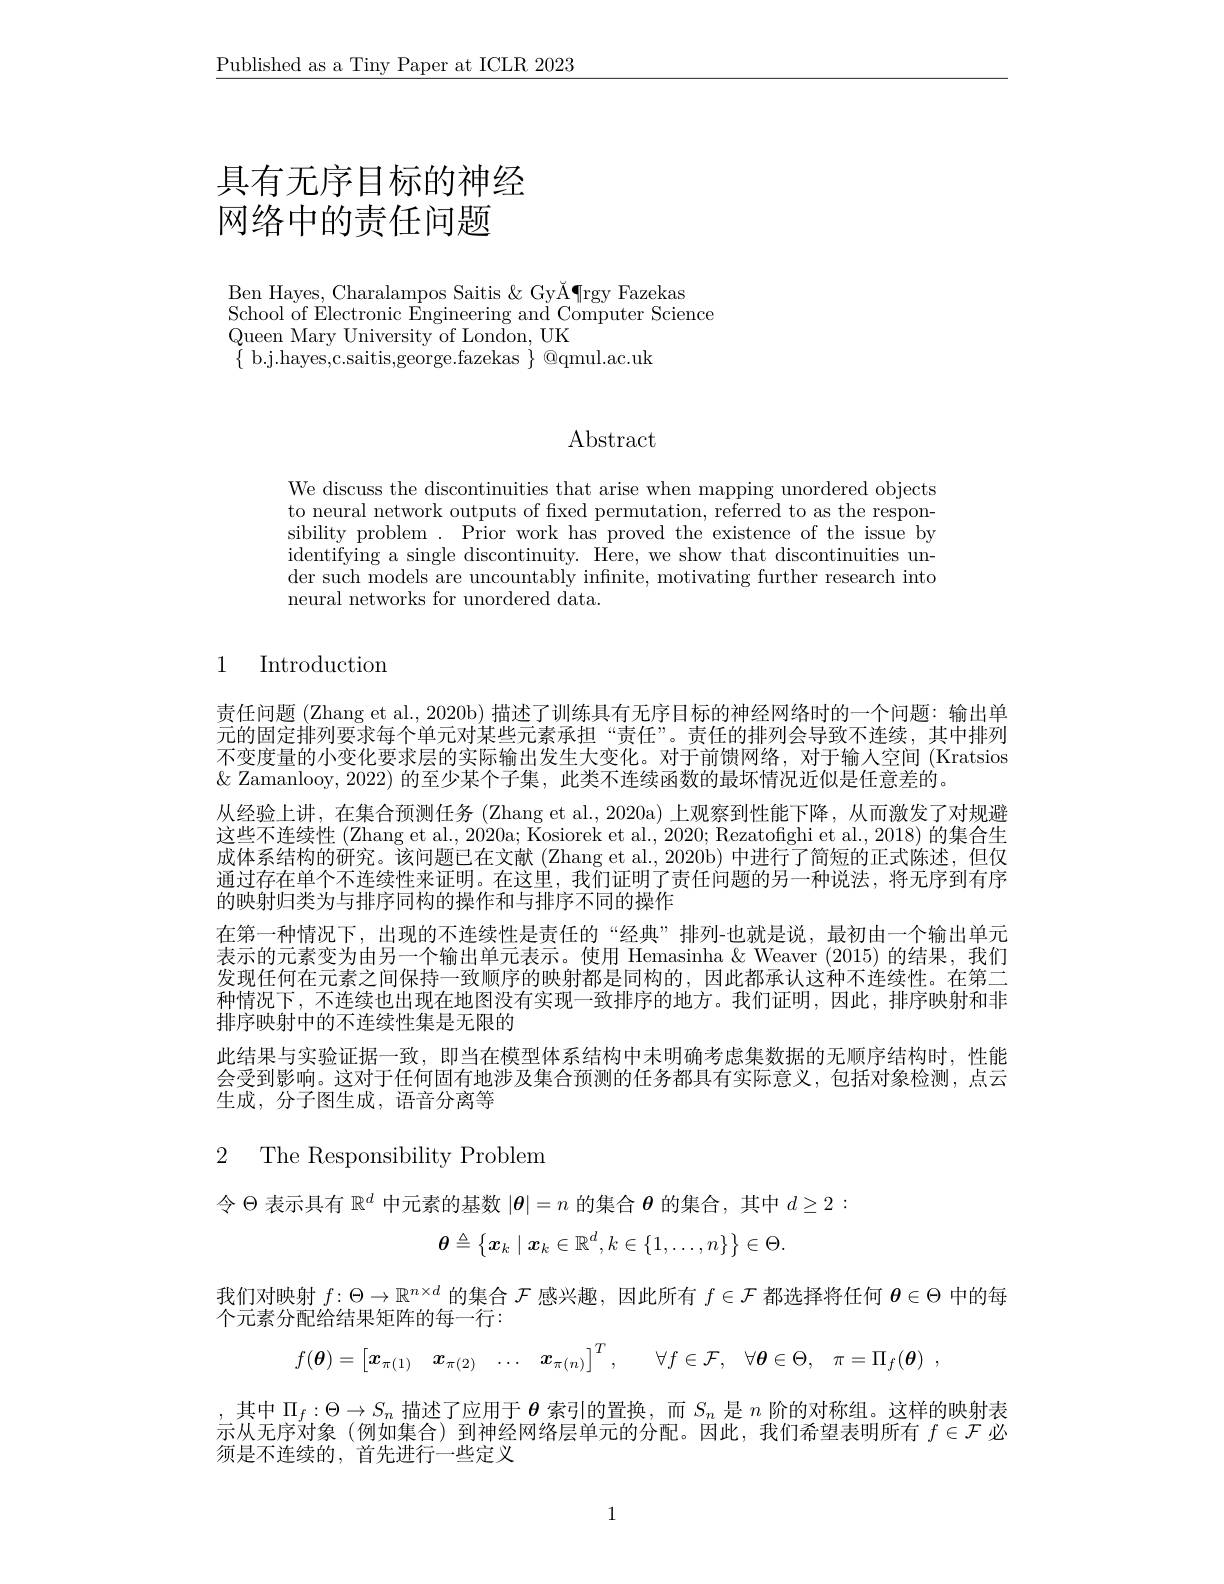
$\underline{\text{Published as a Tiny Paper at ICLR 2023}}$

# 具有无序目标的神经网络中的责任问题

Ben Hayes, Charalampos Saitis & GyĂ¶rgy Fazekas
School of Electronic Engineering and Computer Science
Queen Mary University of London, UK
$\{$b.j.hayes,c.saitis,george.fazekas$\}@$qmul.ac.uk

Abstract

We discuss the discontinuities that arise when mapping unordered objects to neural network outputs of fixed permutation, referred to as the responsibility problem . Prior work has proved the existence of the issue by identifying a single discontinuity. Here, we show that discontinuities under such models are uncountably infinite, motivating further research into neural networks for unordered data.

### 1 Introduction

责任问题 (Zhang et al., 2020b) 描述了训练具有无序目标的神经网络时的一个问题：输出单元的固定排列要求每个单元对某些元素承担“责任”。责任的排列会导致不连续，其中排列不变度量的小变化要求层的实际输出发生大变化。对于前馈网络，对于输人空间(Kratsios $\&$ Zamanlooy,2022) 的至少某个子集，此类不连续函数的最坏情况近似是任意差的。
从经验上讲，在集合预测任务(Zhang et al.,2020a)上观察到性能下降，从而激发了对规避这些不连续性 (Zhang et al., 2020a; Kosiorek et al., 2020; Rezatofighi et al., 2018) 的集合生成体系结构的研究。该问题已在文献 (Zhang et al., 2020b) 中进行了简短的正式陈述，但仅通过存在单个不连续性来证明。在这里，我们证明了责任问题的另一种说法，将无序到有序的映射归类为与排序同构的操作和与排序不同的操作
在第一种情况下，出现的不连续性是责任的“经典”排列-也就是说，最初由一个输出单元表示的元素变为由另一个输出单元表示。使用 Hemasinha &Weaver (2015) 的结果，我们发现任何在元素之间保持一致顺序的映射都是同构的，因此都承认这种不连续性。在第二种情况下，不连续也出现在地图没有实现一致排序的地方。我们证明，因此，排序映射和非排序映射中的不连续性集是无限的
此结果与实验证据一致，即当在模型体系结构中未明确考虑集数据的无顺序结构时，性能会受到影响。这对于任何固有地涉及集合预测的任务都具有实际意义，包括对象检测，点云生成，分子图生成，语音分离等

2 The Responsibility Problem

令$\Theta$表示具有$\mathbb{R}^d$中元素的基数$|\boldsymbol\theta|=n$的集合$\boldsymbol{\theta}$的集合，其中$d\geq2:$
$$\theta\triangleq\begin{Bmatrix}x_k\mid x_k\in\mathbb{R}^d,k\in\{1,\ldots,n\}\end{Bmatrix}\in\Theta.$$
我们对映射$f:\Theta\to\mathbb{R}^{n\times d}$的集合$\mathcal{F}$感兴趣，因此所有$f\in\mathcal{F}$都选择将任何$\theta\in\Theta$中的每
个元素分配给结果矩阵的每一行：
$$f(\boldsymbol{\theta})=\begin{bmatrix}\boldsymbol{x}_{\pi(1)}&\boldsymbol{x}_{\pi(2)}&\dots&\boldsymbol{x}_{\pi(n)}\end{bmatrix}^T,\quad\forall f\in\mathcal{F},\quad\forall\boldsymbol{\theta}\in\Theta,\quad\pi=\Pi_f(\boldsymbol{\theta})\:,$$
$\begin{array}{c},\text{ 其中 }\Pi_f:\Theta\to S_n\text{ 描述了应用于 }\boldsymbol{\theta}\text{ 索引的置换，而 }S_n\text{ 是 }n\text{ 阶的对称组。这样的映射表}\\\text{示从无序对象 (例如集合) 到神经网络层单元的分配。因此，我们希望表明所有 }f\in\mathcal{F}\text{ 必}\end{array}$
须是不连续的，首先进行一些定义

1